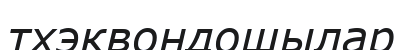
тхэквондошылар